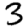
Digit: 3